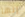
إنها